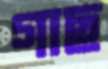
গাছ